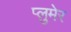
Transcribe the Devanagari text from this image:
प्लुमेर